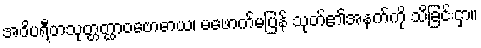
အဝိပရီတသုတ္တတ္ထာဝဗောဓာယ၊ မဖောက်မပြန် သုတ်၏အနက်ကို သိခြင်းငှာ။